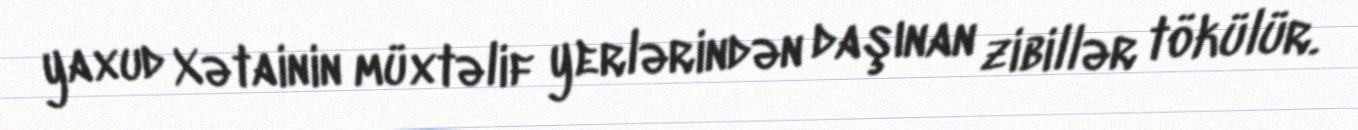
yaxud Xətainin müxtəlif yerlərindən daşınan zibillər tökülür.